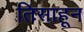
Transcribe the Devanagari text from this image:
तिसाहून